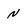
Character: N